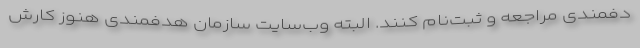
دفمندی مراجعه و ثبت‌نام کنند. البته وب‌سایت سازمان هدفمندی هنوز کارش